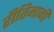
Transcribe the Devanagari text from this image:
रीतिमार्गी